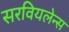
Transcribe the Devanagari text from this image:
सरवियलेन्स